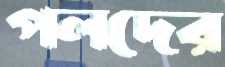
পলদের